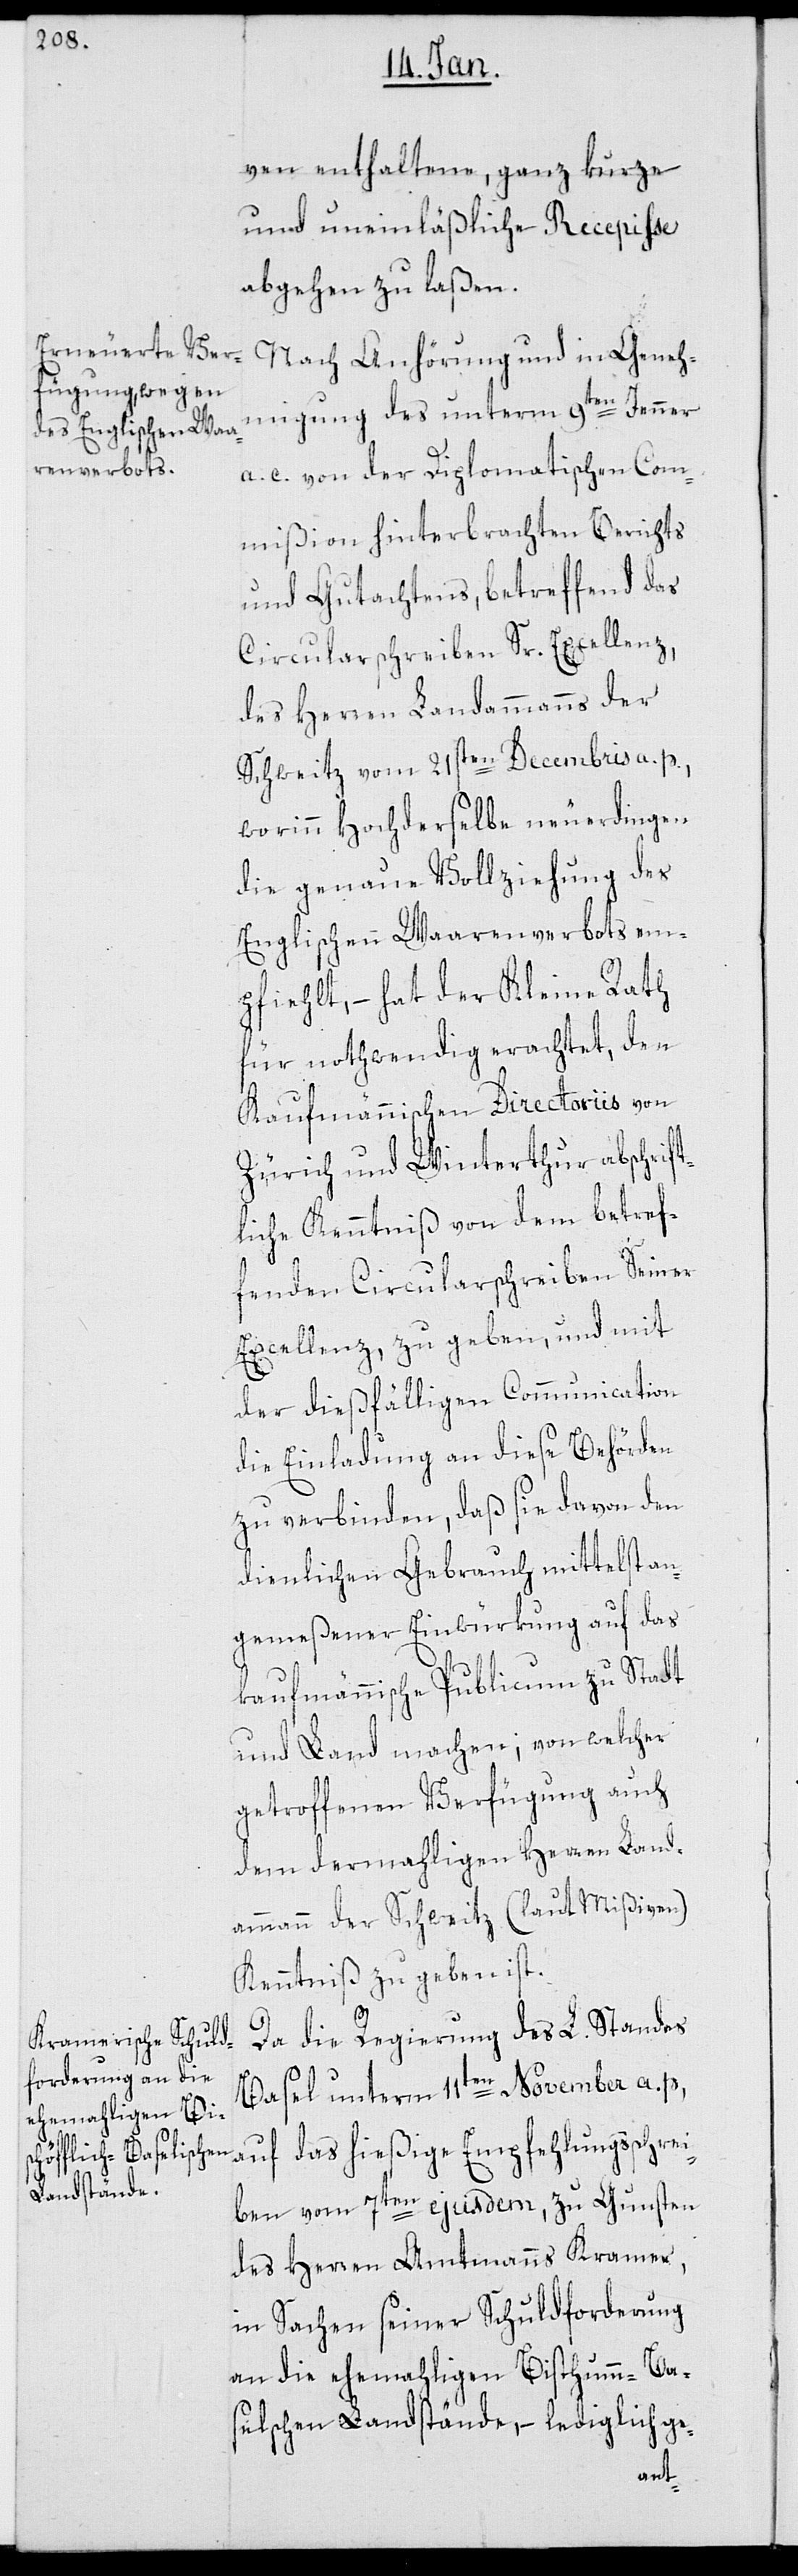
ven enthaltene, ganz kurze
und uneinläßliche Recepiße
abgehen zu laßen.
Nach Anhörung und in Geneh¬
migung des unterm 9ten Jenner
a. c. von der Diplomatischen Com¬
mißion hinterbrachten Berichts
und Gutachtens, betreffend das
Circularschreiben Sr. Excellenz,
des Herren Landammanns der
Schweitz vom 21sten Decembris a. p.,
worinn Hochderselbe neuerdingen
die genaue Vollziehung des
Englischen Waarenverbots em¬
pfiehlt, – hat der Kleine Rath
für nothwendig erachtet, den
Kaufmänischen Directoriis von
Zürich und Winterthur abschrift¬
lich Kenntniß von dem betref¬
fenden Circularschreiben Seiner
Excellenz, zu geben, und mit
der dießfälligen Communication
die Einladung an diese Behörden
zu verbinden, daß sie davon den
dienlichen Gebrauch mittelst an¬
gemeßener Einwürkung auf das
kaufmännische Publicum zu Stadt
und Land machen; von welcher
getroffenen Verfügung auch
dem dermahligen Herren Land¬
ammann der Schweitz (laut Mißiven)
Kenntniß zu geben ist.
Da die Regierung des L. Standes
Basel unterm 11ten November a. p.,
auf das hießige Empfehlungsschrei¬
ben vom 7ten ejusdem, zu Gunsten
des Herren Amtmanns Kramer,
in Sachen seiner Schuldforderung
an die ehemahligen Bisthum-Ba¬
selischen Landstände, – lediglich ge-